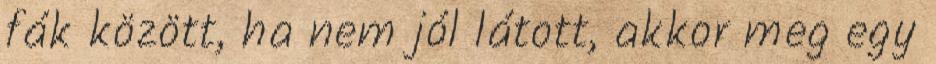
fák között, ha nem jól látott, akkor meg egy